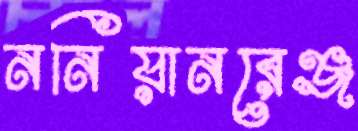
ননিয়ানরেঞ্জ